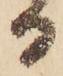
る